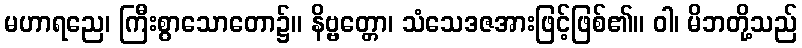
မဟာရညေ၊ ကြီးစွာသောတော၌။ နိဗ္ဗတ္တော၊ သံသေဒဇအားဖြင့်ဖြစ်၏။ ဝါ၊ မိဘတို့သည်